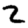
Digit: 2